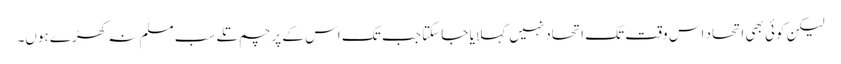
لیکن کوئی بھی اتحاد اس وقت تک اتحاد نہیں کہلایا جا سکتا جب تک اس کے پرچم تلے سب مسلم نہ کھڑے ہوں۔